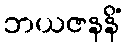
ဘယဇနနိံ